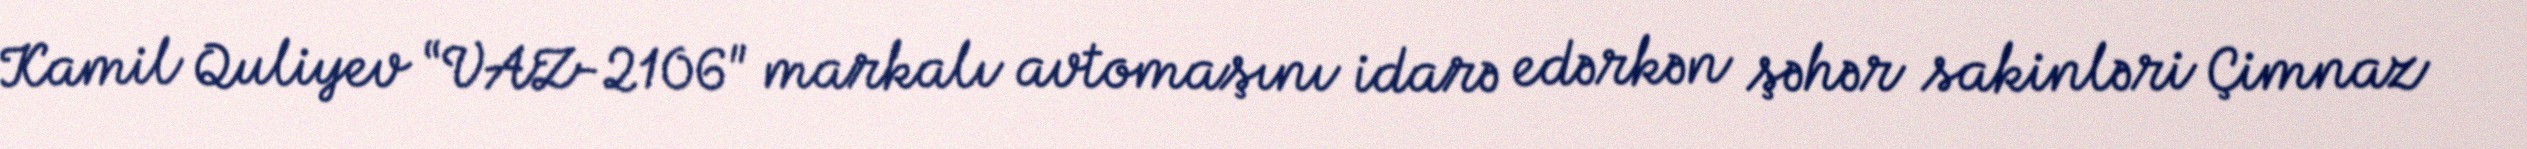
Kamil Quliyev “VAZ-2106" markalı avtomaşını idarə edərkən şəhər sakinləri Çimnaz